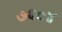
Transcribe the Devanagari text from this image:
७६०४